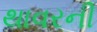
થાવરની